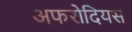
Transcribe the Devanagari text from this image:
अफरोदियस